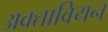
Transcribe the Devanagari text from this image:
अक्तावियन